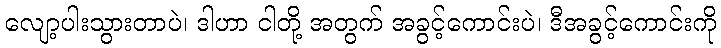
လျော့ပါးသွားတာပဲ၊ ဒါဟာ ငါတို့ အတွက် အခွင့်ကောင်းပဲ၊ ဒီအခွင့်ကောင်းကို